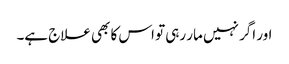
اور اگر نہیں مار رہی تو اس کا بھی علاج ہے۔